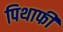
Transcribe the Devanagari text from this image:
पिथाफी